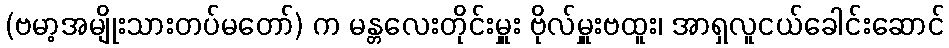
(ဗမာ့အမျိုးသားတပ်မတော်) က မန္တလေးတိုင်းမှူး ဗိုလ်မှူးဗထူး၊ အာရှလူငယ်ခေါင်းဆောင်